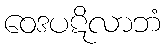
ဝေဒပဋိလာဘံ